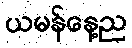
ယမန်နေ့ည